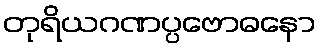
တုရိယဂဏပ္ပဗောဓနော